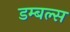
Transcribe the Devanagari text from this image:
डम्बल्स